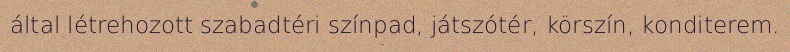
által létrehozott szabadtéri színpad, játszótér, körszín, konditerem.